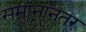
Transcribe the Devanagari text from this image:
समांनानतर